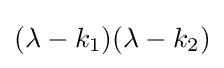
(\lambda -k_{1})(\lambda -k_{2})